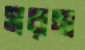
সরন